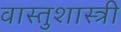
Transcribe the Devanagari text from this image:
वास्‍तुशास्‍त्री